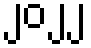
၂၀၂၂